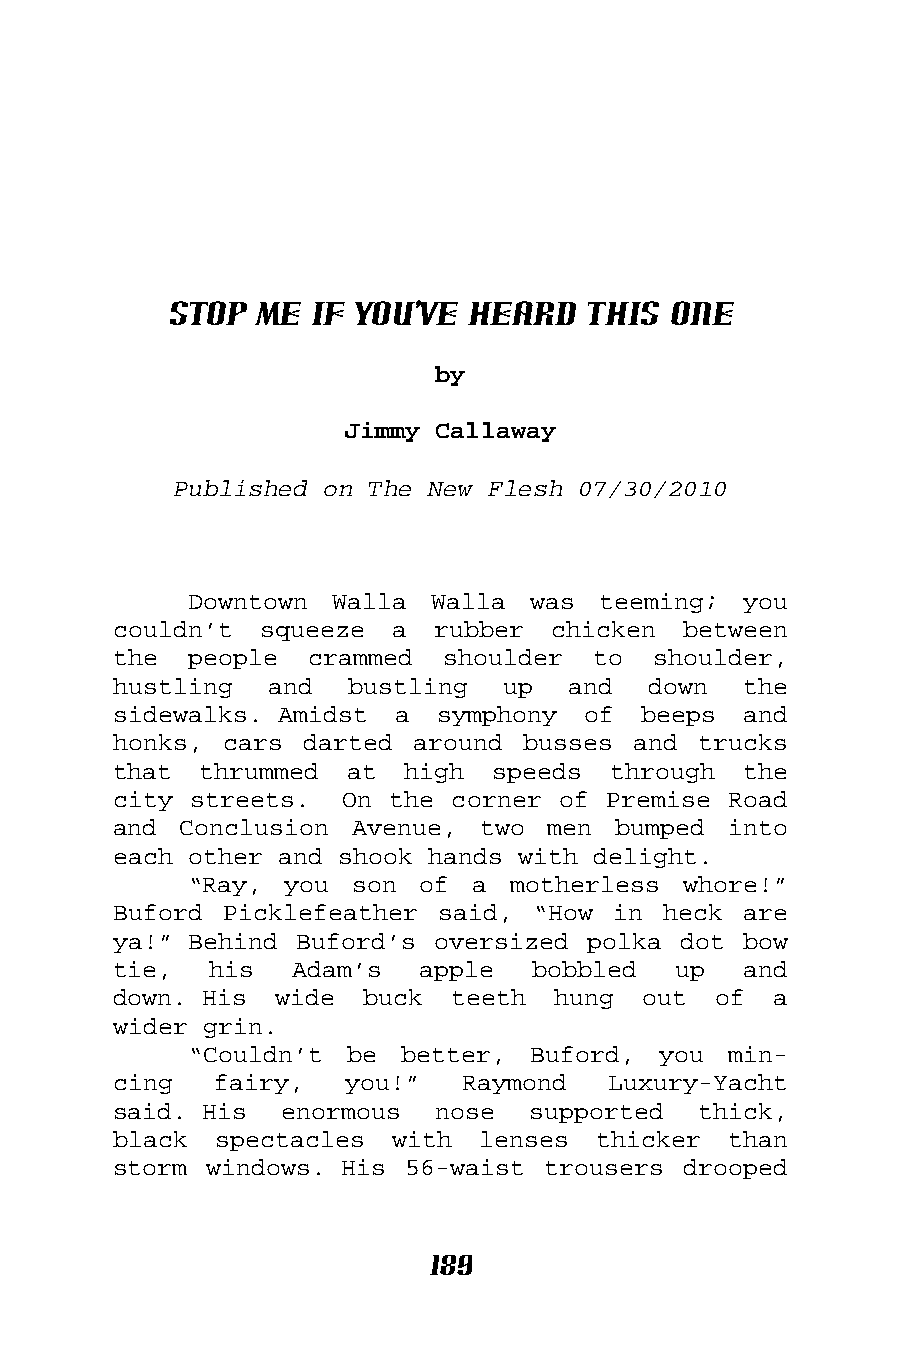
Stop Me  If You’ve Heard   This  One
 by
 Jimmy Callaway
 Published on The New Flesh 07/30/2010
 Downtown Walla  Walla was  teeming;  you
 couldn’t  squeeze a  rubber  chicken  between
 the  people  crammed  shoulder  to  shoulder,
 hustling  and  bustling   up  and  down   the
 sidewalks. Amidst  a symphony  of  beeps  and
 honks, cars darted  around busses and  trucks
 that  thrummed at  high  speeds  through  the
 city streets.  On the corner of Premise  Road
 and Conclusion  Avenue, two  men bumped  into
 each other and shook hands with delight.
 “Ray, you  son of  a motherless  whore!”
 Buford Picklefeather said,  “How in heck  are
 ya!” Behind Buford’s oversized polka dot  bow
 tie,  his   Adam’s  apple   bobbled  up   and
 down. His  wide buck  teeth  hung  out  of  a
 wider grin.
 “Couldn’t be  better, Buford,  you  min-
 cing   fairy,  you!”   Raymond   Luxury-Yacht
 said. His  enormous  nose  supported   thick,
 black  spectacles with  lenses  thicker  than
 storm windows. His 56-waist trousers  drooped
 189